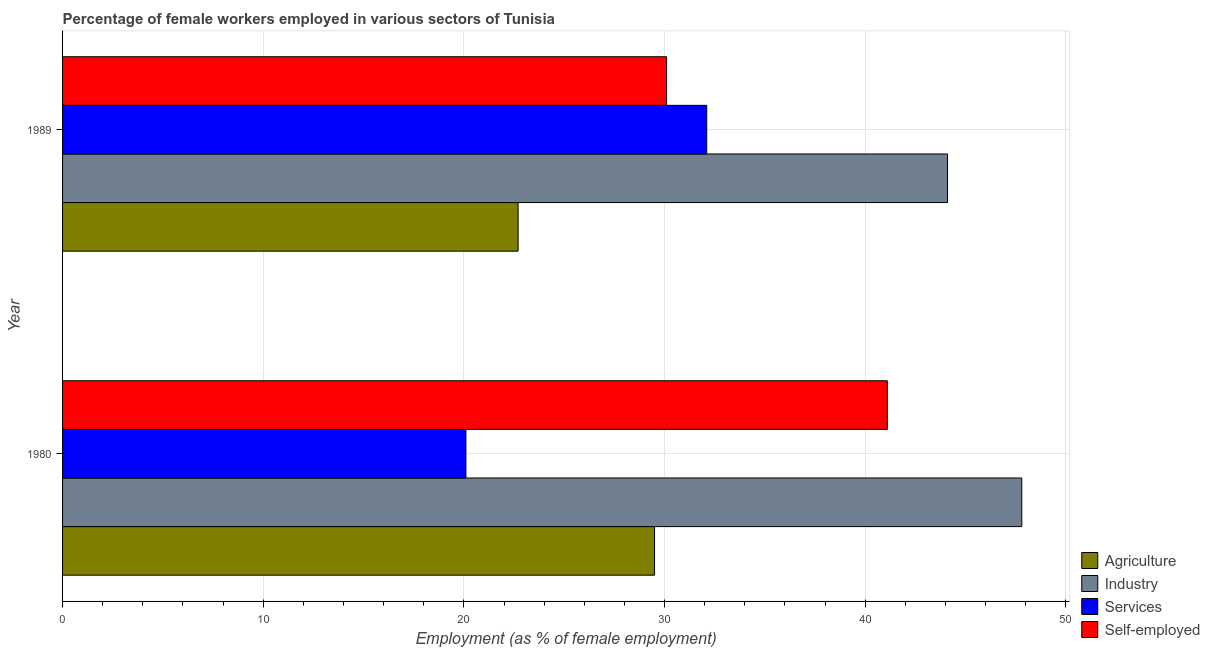
| Year | Agriculture | Industry | Services | Self-employed |
 | --- | --- | --- | --- | --- |
 | 1980 | 29.5 | 47.8 | 20.1 | 41.1 |
 | 1989 | 22.7 | 44.1 | 32.1 | 30.1 |